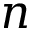
n